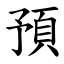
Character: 預